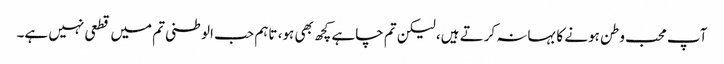
آپ محب وطن ہونے کا بہانہ کرتے ہیں، لیکن تم چاہے کچھ بھی ہو، تاہم حب الوطنی تم میں قطعی نہیں ہے۔